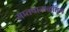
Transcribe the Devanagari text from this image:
सप्तपाताळांतून